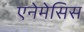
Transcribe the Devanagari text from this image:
एनेमेसिस